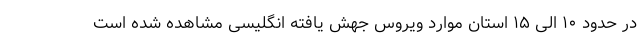
در حدود ۱۰ الی ۱۵ استان موارد ویروس جهش یافته انگلیسی مشاهده شده است